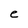
Character: e